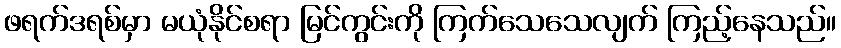
ဖရက်ဒရစ်မှာ မယုံနိုင်စရာ မြင်ကွင်းကို ကြက်သေသေလျက် ကြည့်နေသည်။